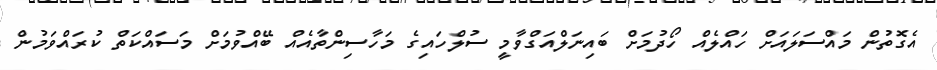
އެގޮތުން މައްސަލައަށް ހައްލެއް ހޯދުމަށް ބައިނަލްއަގްވާމީ ސުލްހައިގެ މަހާސިންތާއެއް ބޭއްވުމަށް މަސައްކަތް ކުރައްވަމުން